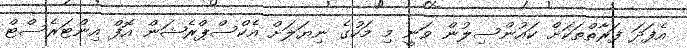
އެފަދަ ފަރާތްތަކަށް ކައުންސިލުން ވަނީ މި މަހުގެ ނިޔަލަށް އެކްސްޕްރެޝަން އޮފް އިންޓަރެސްޓް